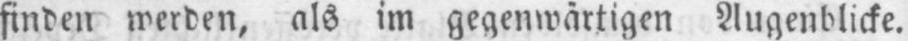
finden werden, als im gegenwärtigen Augenblicke.